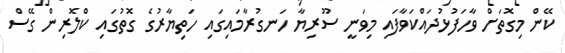
ކޭން މިގޮތަށް ވާހަފުޅުދައްކަވާފައި މިވަނީ ސޫރިޔާ ހަނގުރާމައިގައި ހަތިޔާރުގެ ގޮތުގައި ކްލޮރިން ގޭސް